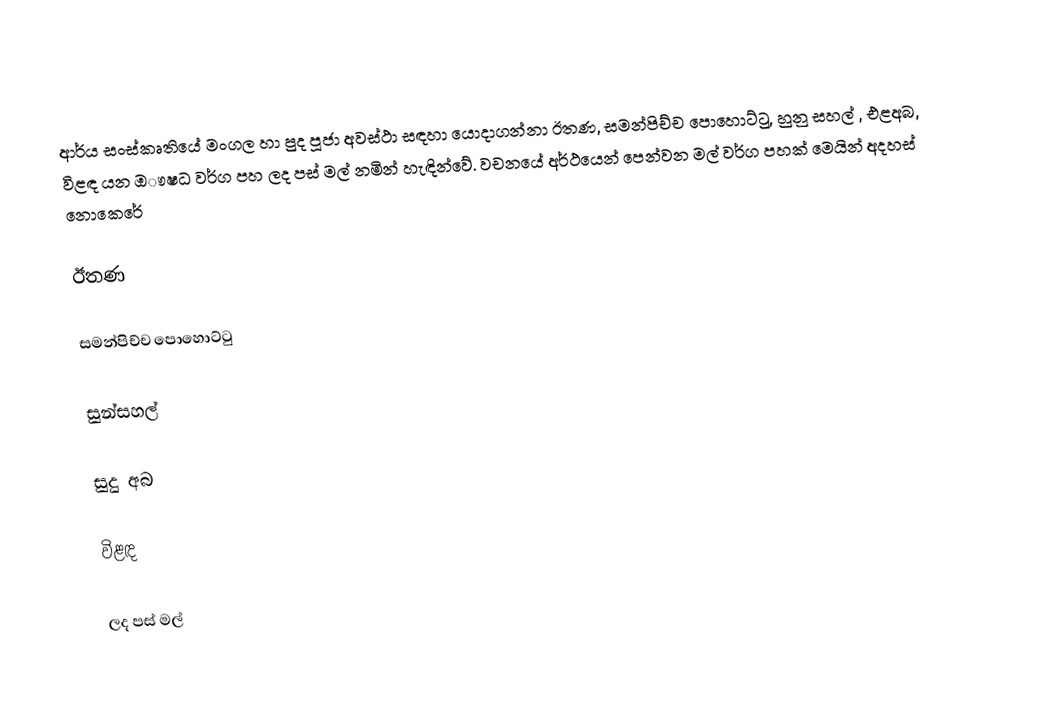
ආර්ය සංස්කෘතියේ  මංගල හා පුද පූජා අවස්ථා සඳහා යොදාගන්නා ඊතණ, සමන්පිච්ච පොහොට්ටු, හුනු සහල් , එළඅබ, විළඳ යන ඔෟෂධ වර්ග පහ ලද පස් මල් නමින් හැඳින්වේ. වචනයේ අර්ථයෙන් පෙන්වන මල්  වර්ග පහක් මෙයින් අදහස් නොකෙරේ

ඊතණ

සමන්පිච්ච පොහොට්ටු

සුන්සහල්

සුදු අබ

විළඳ

ලද පස් මල්